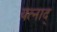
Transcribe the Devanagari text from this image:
यत्नाद्